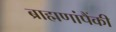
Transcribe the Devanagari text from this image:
ब्राह्मणांपैंकी